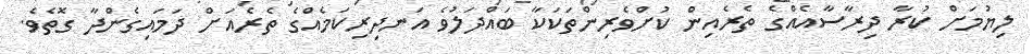
ލިޔުމަށް ކުރާ ދިރާސާއެއްގެ ތެރެއިން ކުށްވެރިންތަކަކާ ބައްދަލުވެ އަނދިރިކަމެއްގެ ތެރެއަށް ދަމައިގެންދާ ގޮތެވެ.